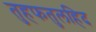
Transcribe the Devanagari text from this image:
तुहफतुलहिद